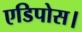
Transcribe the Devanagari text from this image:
एडिपोस।